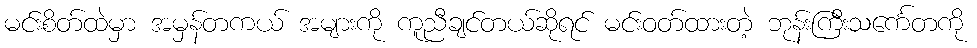
မင်းစိတ်ထဲမှာ အမှန်တကယ် အများကို ကူညီချင်တယ်ဆိုရင် မင်းဝတ်ထားတဲ့ ဘုန်းကြီးသင်္ကေတကို